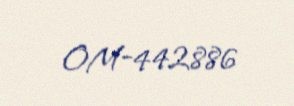
OM-442886